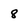
Character: 8